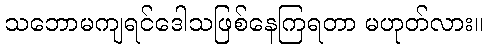
သဘောမကျရင်ဒေါသဖြစ်နေကြရတာ မဟုတ်လား။